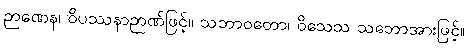
ဉာဏေန၊ ဝိပဿနာဉာဏ်ဖြင့်။ သဘာဝတော၊ ဝိသေသ သဘောအားဖြင့်။